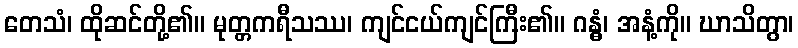
တေသံ၊ ထိုဆင်တို့၏။ မုတ္တကရီသဿ၊ ကျင်ငယ်ကျင်ကြီး၏။ ဂန္ဓံ၊ အနံ့ကို။ ဃာသိတွာ၊